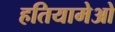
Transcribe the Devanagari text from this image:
हतियामेओ